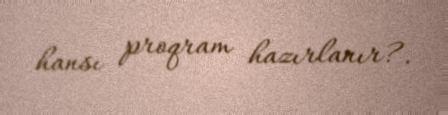
hansı proqram hazırlanır?.